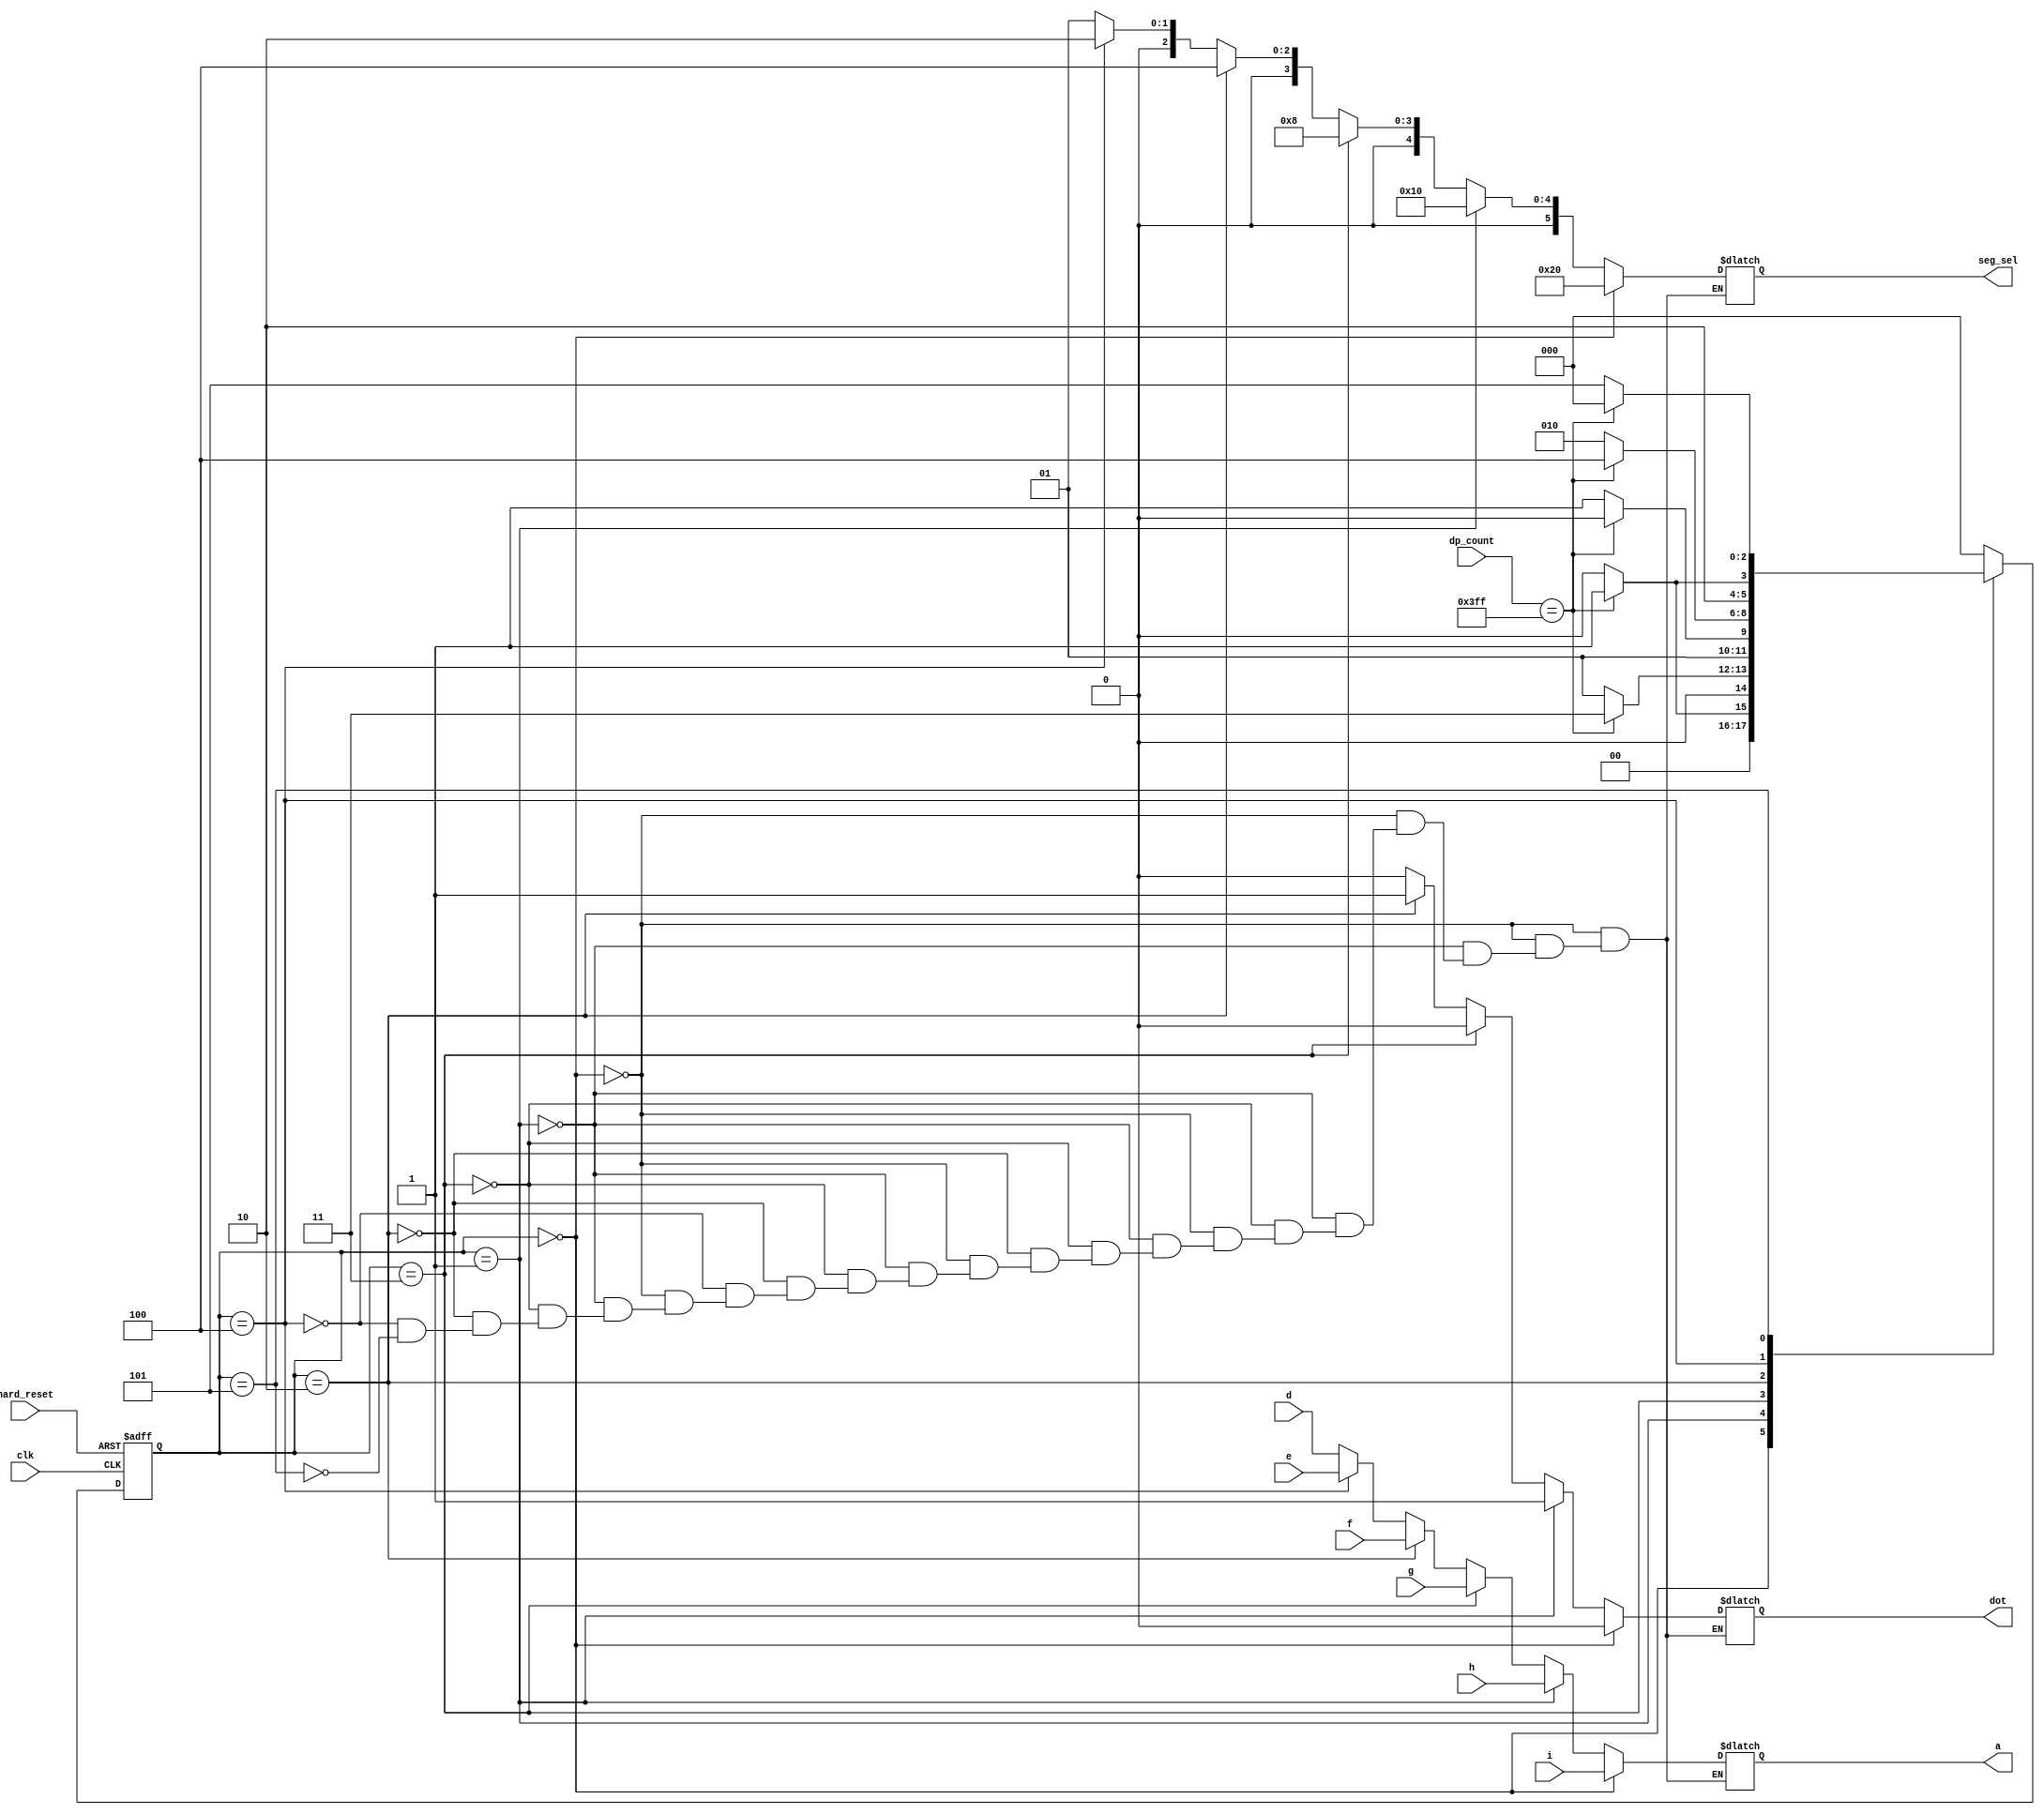
module dp_fsm(
clk, hard_reset, dot,
dp_count, // count value
a, // segment data in
seg_sel, // segment select
d, e, f, g, h, i); 

input clk;
input hard_reset;
input [9:0] dp_count;
input [3:0] d;
input [3:0] e;
input [3:0] f;
input [3:0] g;
input [3:0] h;
input [3:0] i;
output reg [3:0] a;
output reg [5:0] seg_sel;
output reg dot;

reg [2:0] state, next_state;
parameter S0=3'b000;
parameter S1=3'b001;
parameter S2=3'b011;
parameter S3=3'b010;
parameter S4=3'b100;
parameter S5=3'b101;

// status register
always @ (posedge clk or negedge hard_reset) begin
  if (~hard_reset) state <= S5;
  else state <= next_state;
end

// next state logic
always @ (state or dp_count) begin
  case (state)
    S0: if (dp_count==10'h3FF) next_state=S1;
        else next_state=S0;
    S1: if (dp_count==10'h3FF) next_state=S2;
        else next_state=S1;
    S2: if (dp_count==10'h3FF) next_state=S3;
        else next_state=S2;
    S3: if (dp_count==10'h3FF) next_state=S4;
        else next_state=S3;
    S4: if (dp_count==10'h3FF) next_state=S5;
        else next_state=S4;
    S5: if (dp_count==10'h3FF) next_state=S0;
        else next_state=S5;
    default: next_state=S0;
  endcase
end

// output logic
always @ (state) begin
  if (state==S0) begin
    a=i;
    dot=0;
    seg_sel=6'h20;
  end
  else if (state==S1) begin
    a=h;
    dot=1;
    seg_sel=6'h10;
  end
  else if (state==S2) begin
    a=g;
    dot=0;
    seg_sel=6'h08;
  end
  else if (state==S3) begin
    a=f;
    dot=1;
    seg_sel=6'h04;
  end
  else if (state==S4) begin
    a=e;
    dot=0;
    seg_sel=6'h02;
  end
  else if (state==S5) begin
    a=d;
    dot=0;
    seg_sel=6'h01;
  end
end

endmodule